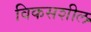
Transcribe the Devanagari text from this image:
विकसशील